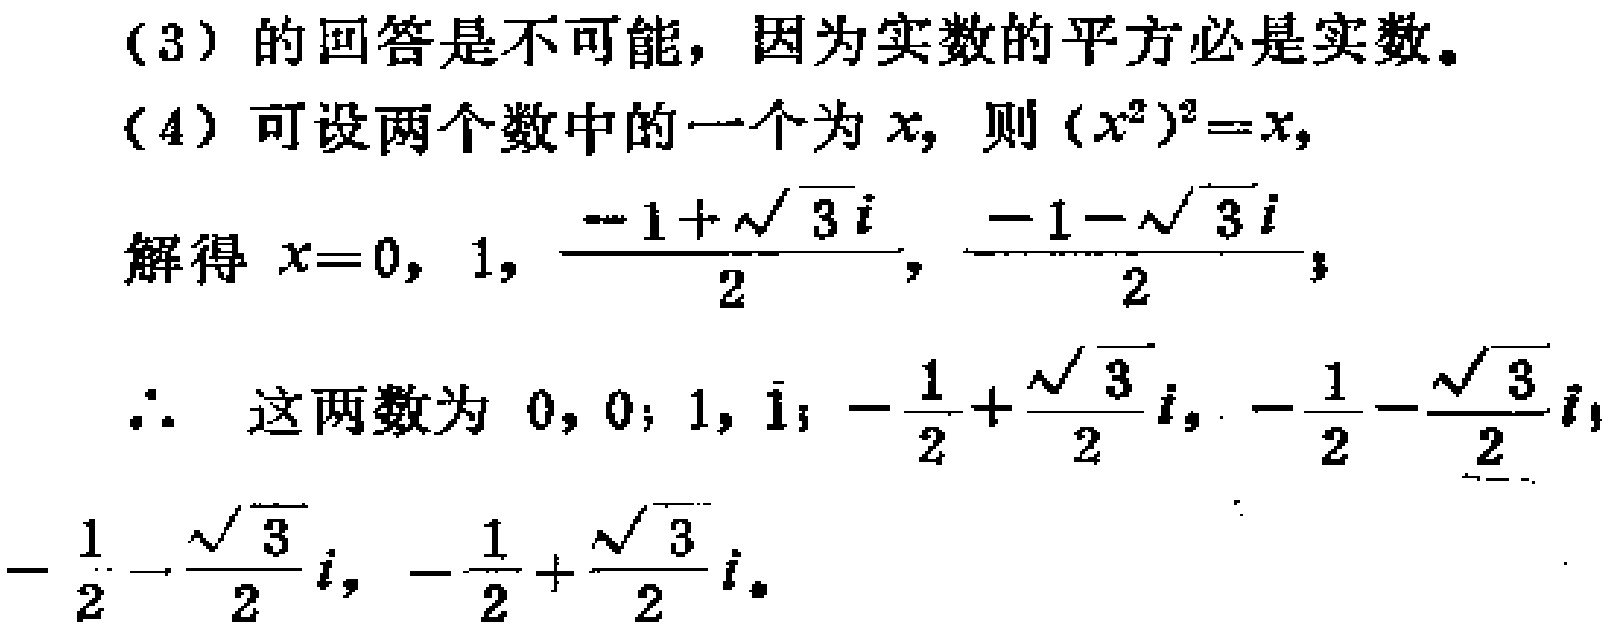
(3) 的回答是不可能，因为实数的平方必是实数。
(4) 可设两个数中的一个为 \(x\)，则 \((x^{2})^{2}=x\)，
解得 \(x = 0,1,\frac{-1 + \sqrt{3}i}{2},\frac{-1 - \sqrt{3}i}{2}\)；
\(\therefore\) 这两数为 \(0,0\)；\(1,1\)；\(-\frac{1}{2}+\frac{\sqrt{3}}{2}i,-\frac{1}{2}-\frac{\sqrt{3}}{2}i\)，\(-\frac{1}{2}-\frac{\sqrt{3}}{2}i,-\frac{1}{2}+\frac{\sqrt{3}}{2}i\)。